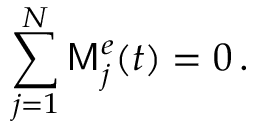
\sum _ { j = 1 } ^ { N } \mathsf { M } _ { j } ^ { e } ( t ) = 0 \, .